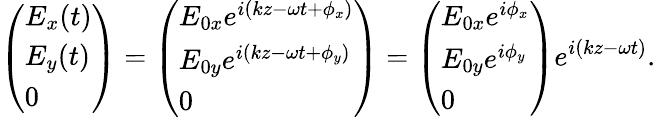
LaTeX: {\left(\begin{array}{l}{E_{x}(t)}\\ {E_{y}(t)}\\ {0}\end{array}\right)}={\left(\begin{array}{l}{E_{0x}e^{i(kz-\omega t+\phi_{x})}}\\ {E_{0y}e^{i(kz-\omega t+\phi_{y})}}\\ {0}\end{array}\right)}={\left(\begin{array}{l}{E_{0x}e^{i\phi_{x}}}\\ {E_{0y}e^{i\phi_{y}}}\\ {0}\end{array}\right)}e^{i(kz-\omega t)}.